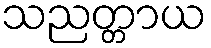
သညတ္တာယ